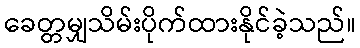
ခေတ္တမျှသိမ်းပိုက်ထားနိုင်ခဲ့သည်။